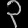
Digit: ၃